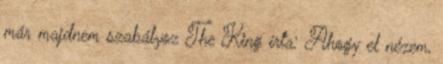
már majdnem szabályoz The King írta: Ahogy el nézem,